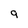
Character: 9